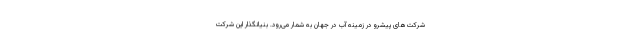
شرکت‌های پیشرو در زمینه آب در جهان به شمار می‌رود. بنیانگذار این شرکت